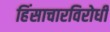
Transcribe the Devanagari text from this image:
हिंसाचारविरोधी